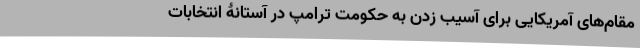
مقام‌های آمریکایی برای آسیب زدن به حکومت ترامپ در آستانۀ انتخابات